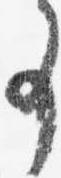
事